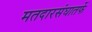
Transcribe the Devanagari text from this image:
मतदारसंघातर्फे